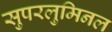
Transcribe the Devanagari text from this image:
सुपरलुमिनल